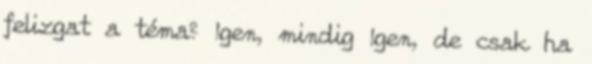
felizgat a téma? Igen, mindig Igen, de csak ha